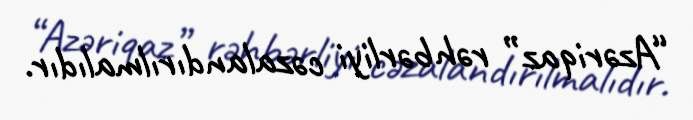
“Azəriqaz” rəhbərliyi cəzalandırılmalıdır.